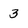
Character: 3